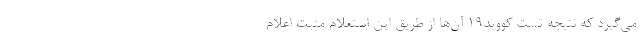
می‌گیرد که نتیجه تست کووید19 آن‌ها از طریق این استعلام مثبت اعلام